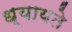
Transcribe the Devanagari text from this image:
ध्यायते